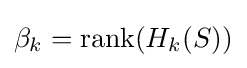
\beta _{k}=\operatorname {rank} (H_{k}(S))